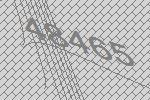
48465